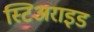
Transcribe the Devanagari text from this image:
स्टिअराइड